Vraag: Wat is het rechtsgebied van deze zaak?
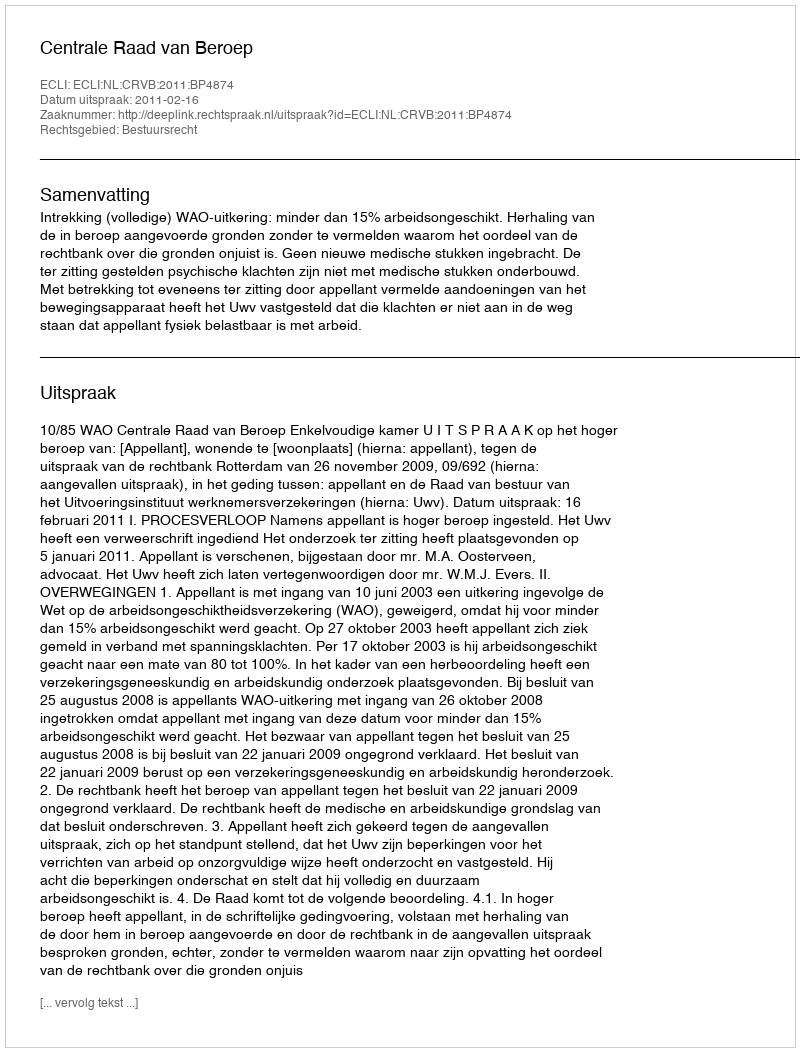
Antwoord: Bestuursrecht